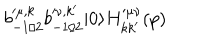
b _ { - 1 / 2 } ^ { \prime \mu , k } b _ { - 1 / 2 } ^ { \prime \nu , k ^ { \prime } } | 0 \rangle H _ { k k ^ { \prime } } ^ { \prime \mu \nu } ( p )